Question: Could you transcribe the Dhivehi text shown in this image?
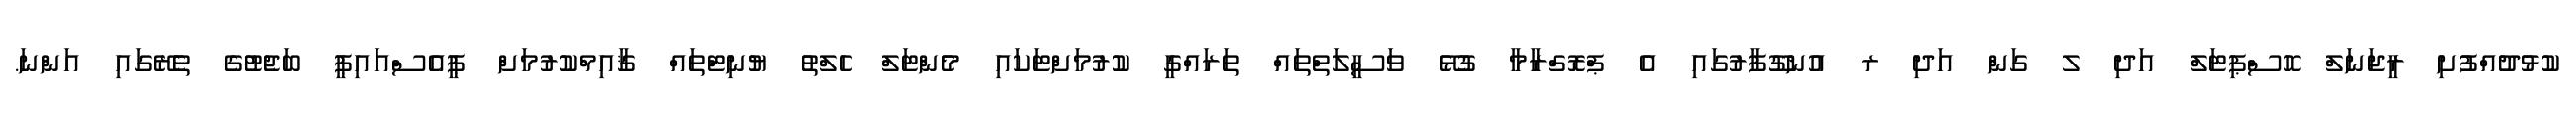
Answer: ކުޅުދުއްފުށި ރީޖަނަލް ހޮސްޕިޓަލް އަދި ލ ގަން އަދި ރ އުނގޫފާރުގައި އެ ޕްރޮގްރާމާ ގުޅޭ ވަސީލަތްތައް ތަރައްގީ ކުރުމަށްޓަކައި މެންޓަލް ހެލްތު ޔުނިޓްތައް ޤާއިމްކުރުމަށް ޕީއެސްއައިޕީ ބަޖެޓުގެ ތެރޭގައި އަންނަ.